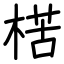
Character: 楛